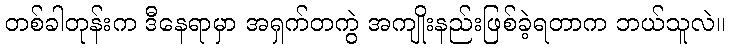
တစ်ခါတုန်းက ဒီနေရာမှာ အရှက်တကွဲ အကျိုးနည်းဖြစ်ခဲ့ရတာက ဘယ်သူလဲ။